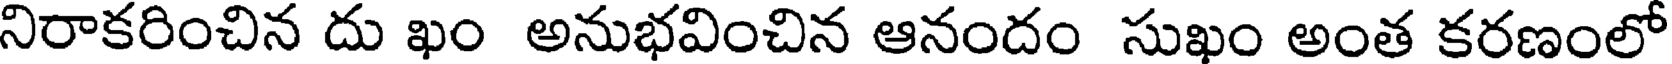
నిరాకరించిన దు ఖం అనుభవించిన ఆనందం సుఖం అంత కరణంలో